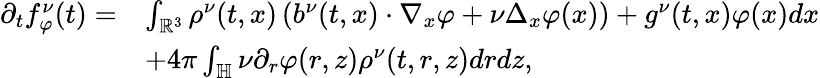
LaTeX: \begin{array}{rl}{\partial_{t}f_{\varphi}^{\nu}(t)=}&{\int_{\mathbb{R}^{3}}\rho^{\nu}(t,x)\left(b^{\nu}(t,x)\cdot\nabla_{x}\varphi+\nu\Delta_{x}\varphi(x)\right)+g^{\nu}(t,x)\varphi(x)dx}\\ &{+4\pi\int_{\mathbb{H}}{\nu}\partial_{r}\varphi(r,z)\rho^{\nu}(t,r,z)drdz,}\end{array}